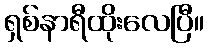
ရှစ်နာရီထိုးလေပြီ။